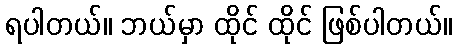
ရပါတယ်။ ဘယ်မှာ ထိုင် ထိုင် ဖြစ်ပါတယ်။